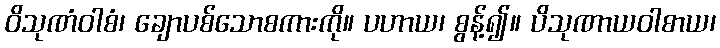
ဝိသုဏံဝါစံ၊ ချောပစ်သောစကားကို။ ပဟာယ၊ စွန့်၍။ ပိသုဏာယဝါစာယ၊